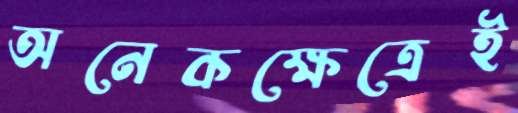
অনেকক্ষেত্রেই